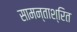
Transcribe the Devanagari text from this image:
सामन्ताश्रित